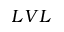
L V L